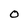
Character: O